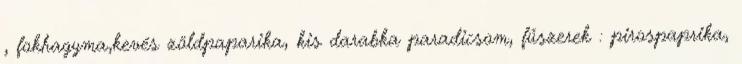
, fokhagyma,kevés zöldpaparika, kis darabka paradicsom, fűszerek : pirospaprika,